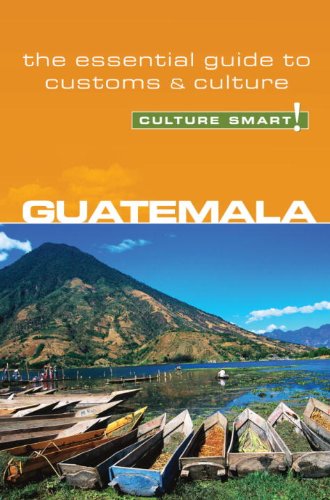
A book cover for Guatemala - Culture Smart!: the essential guide to customs & culture; Lisa Vaughn; Business & Money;